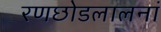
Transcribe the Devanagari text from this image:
रणछोडलालनां